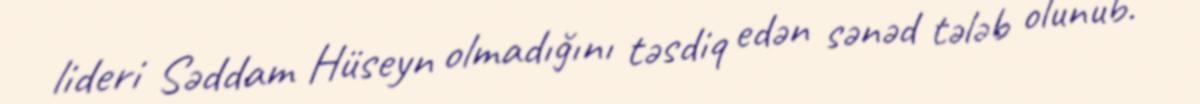
lideri Səddam Hüseyn olmadığını təsdiq edən sənəd tələb olunub.